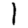
Digit: 1